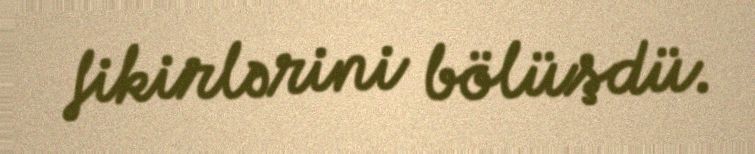
fikirlərini bölüşdü.